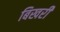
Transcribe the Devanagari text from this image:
बिखरीं